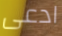
ادعى